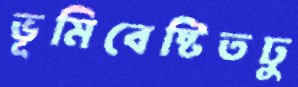
ভূমিবেষ্টিতঢু